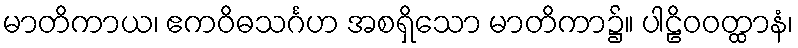
မာတိကာယ၊ ဧကဝိဓသင်္ဂဟ အစရှိသော မာတိကာ၌။ ပါဠိဝဝတ္ထာနံ၊